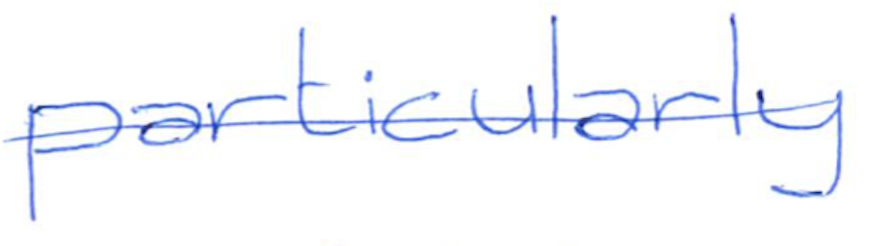
Text: particularly
Cross-out: mix
Writing tool: ballpoint